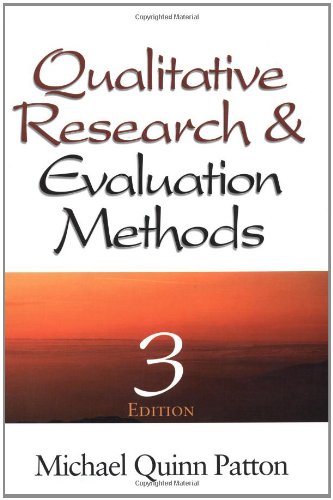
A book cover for Qualitative Research & Evaluation Methods; Michael Quinn Patton; Medical Books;